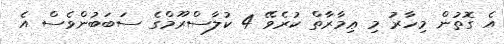
އެ ގޮތުން މިހާރު މި ޢިމާރާތް ކުރެވޭ 4 ކުލާސްރޫމްގެ ސަބަބުންވެސް އެ